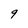
Character: q